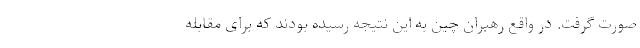
صورت گرفت. در واقع رهبران چین به این نتیجه رسیده بودند که برای مقابله